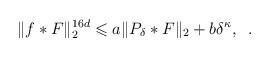
LaTeX: \begin{align*}\|f*F\|_2^{16d}\leqslant a\|P_{\delta}*F\|_2+b\delta^\kappa,\;\;. \end{align*}